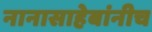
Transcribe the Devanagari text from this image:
नानासाहेबांनीच